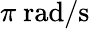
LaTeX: \pi\ \mathrm{rad/s}